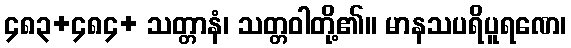
၄၈၃+၄၈၄+ သတ္တာနံ၊ သတ္တဝါတို့၏။ မာနသပရိပူရဏေ၊